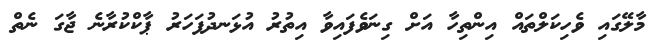
މާލޭގައި ވެހިކަލްތައް އިންތިހާ އަށް ގިނަވެފައިވާ އިތުރު އުޅަނދުފަހަރު ޕާކްކުރާނެ ޖާގަ ނެތް